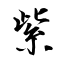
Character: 紫